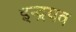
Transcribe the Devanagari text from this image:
इन्द्रयव